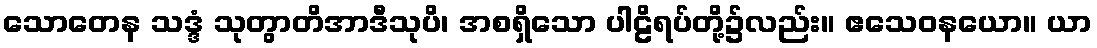
သောတေန သဒ္ဒံ သုတွာတိအာဒီသုပိ၊ အစရှိသော ပါဠိရပ်တို့၌လည်း။ ဧသေဝနယော။ ယာ